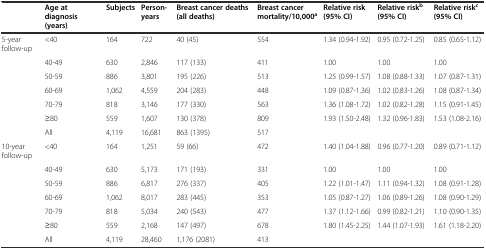
<table><thead><tr><td></td><td><b>Age at diagnosis (years)</b></td><td><b>Subjects</b></td><td><b>Person-years</b></td><td><b>Breast cancer deaths (all deaths)</b></td><td><b>Breast cancer mortality/10,000<sup>a</sup></b></td><td><b>Relative risk (95% CI)</b></td><td><b>Relative risk<sup>b</sup>(95% CI)</b></td><td><b>Relative risk<sup>c</sup>(95% CI)</b></td></tr></thead><tbody><tr><td>5-year follow-up</td><td>&lt;40</td><td>164</td><td>722</td><td>40 (45)</td><td>554</td><td>1.34 (0.94-1.92)</td><td>0.95 (0.72-1.25)</td><td>0.85 (0.65-1.12)</td></tr><tr><td></td><td>40-49</td><td>630</td><td>2,846</td><td>117 (133)</td><td>411</td><td>1.00</td><td>1.00</td><td>1.00</td></tr><tr><td></td><td>50-59</td><td>886</td><td>3,801</td><td>195 (226)</td><td>513</td><td>1.25 (0.99-1.57)</td><td>1.08 (0.88-1.33)</td><td>1.07 (0.87-1.31)</td></tr><tr><td></td><td>60-69</td><td>1,062</td><td>4,559</td><td>204 (283)</td><td>448</td><td>1.09 (0.87-1.36)</td><td>1.02 (0.83-1.26)</td><td>1.08 (0.87-1.34)</td></tr><tr><td></td><td>70-79</td><td>818</td><td>3,146</td><td>177 (330)</td><td>563</td><td>1.36 (1.08-1.72)</td><td>1.02 (0.82-1.28)</td><td>1.15 (0.91-1.45)</td></tr><tr><td></td><td>≥80</td><td>559</td><td>1,607</td><td>130 (378)</td><td>809</td><td>1.93 (1.50-2.48)</td><td>1.32 (0.96-1.83)</td><td>1.53 (1.08-2.16)</td></tr><tr><td></td><td>All</td><td>4,119</td><td>16,681</td><td>863 (1395)</td><td>517</td><td></td><td></td><td></td></tr><tr><td>10-year follow-up</td><td>&lt;40</td><td>164</td><td>1,251</td><td>59 (66)</td><td>472</td><td>1.40 (1.04-1.88)</td><td>0.96 (0.77-1.20)</td><td>0.89 (0.71-1.12)</td></tr><tr><td></td><td>40-49</td><td>630</td><td>5,173</td><td>171 (193)</td><td>331</td><td>1.00</td><td>1.00</td><td>1.00</td></tr><tr><td></td><td>50-59</td><td>886</td><td>6,817</td><td>276 (337)</td><td>405</td><td>1.22 (1.01-1.47)</td><td>1.11 (0.94-1.32)</td><td>1.08 (0.91-1.28)</td></tr><tr><td></td><td>60-69</td><td>1,062</td><td>8,017</td><td>283 (445)</td><td>353</td><td>1.05 (0.87-1.27)</td><td>1.06 (0.89-1.26)</td><td>1.08 (0.90-1.29)</td></tr><tr><td></td><td>70-79</td><td>818</td><td>5,034</td><td>240 (543)</td><td>477</td><td>1.37 (1.12-1.66)</td><td>0.99 (0.82-1.21)</td><td>1.10 (0.90-1.35)</td></tr><tr><td></td><td>≥80</td><td>559</td><td>2,168</td><td>147 (497)</td><td>678</td><td>1.80 (1.45-2.25)</td><td>1.44 (1.07-1.93)</td><td>1.61 (1.18-2.20)</td></tr><tr><td></td><td>All</td><td>4,119</td><td>28,460</td><td>1,176 (2081)</td><td>413</td><td></td><td></td><td></td></tr></tbody></table>